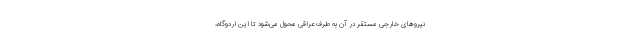
نیروهای خارجی مستقر در آن به طرف عراقی محول می‌شود تا این اردوگاه،